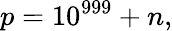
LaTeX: p=10^{999}+n,